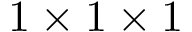
1 \times 1 \times 1